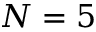
N = 5